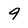
Character: 9